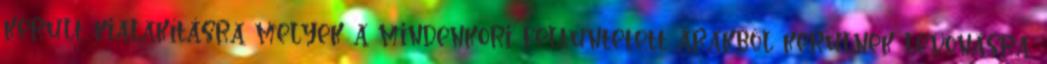
került kialakításra melyek a mindenkori feltüntetett árakból kerülnek levonásra.